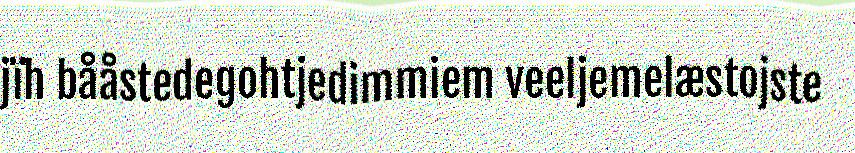
jïh bååstedegohtjedimmiem veeljemelæstojste